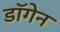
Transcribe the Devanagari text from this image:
डॉगेन